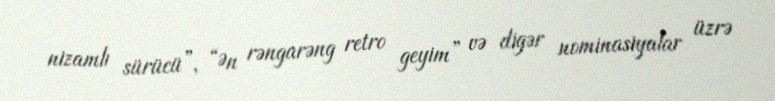
nizamlı sürücü”, “Ən rəngarəng retro geyim” və digər nominasiyalar üzrə